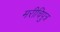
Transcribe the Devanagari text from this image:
मरीचिपुत्र